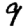
Digit: 9